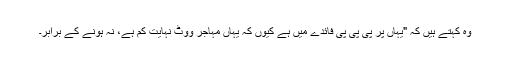
وہ کہتے ہیں کہ "یہاں پر پی پی پی فائدے میں ہے کیوں کہ یہاں مہاجر ووٹ نہایت کم ہے، نہ ہونے کے برابر۔